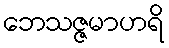
ဘေသဇ္ဇမာဟရိ